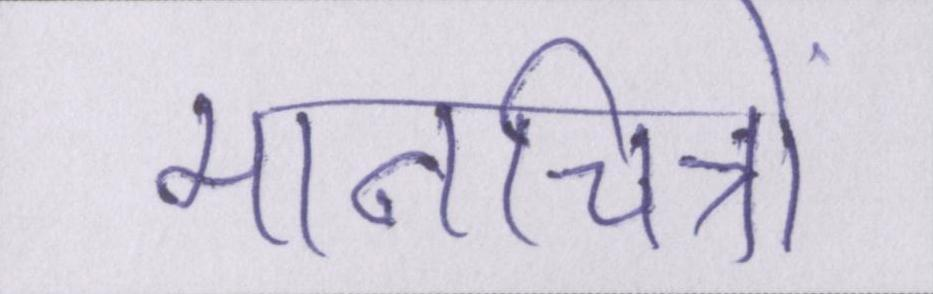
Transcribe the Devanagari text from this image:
मानचित्रों